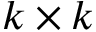
k \times k